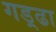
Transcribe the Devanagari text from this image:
गड़्ढा